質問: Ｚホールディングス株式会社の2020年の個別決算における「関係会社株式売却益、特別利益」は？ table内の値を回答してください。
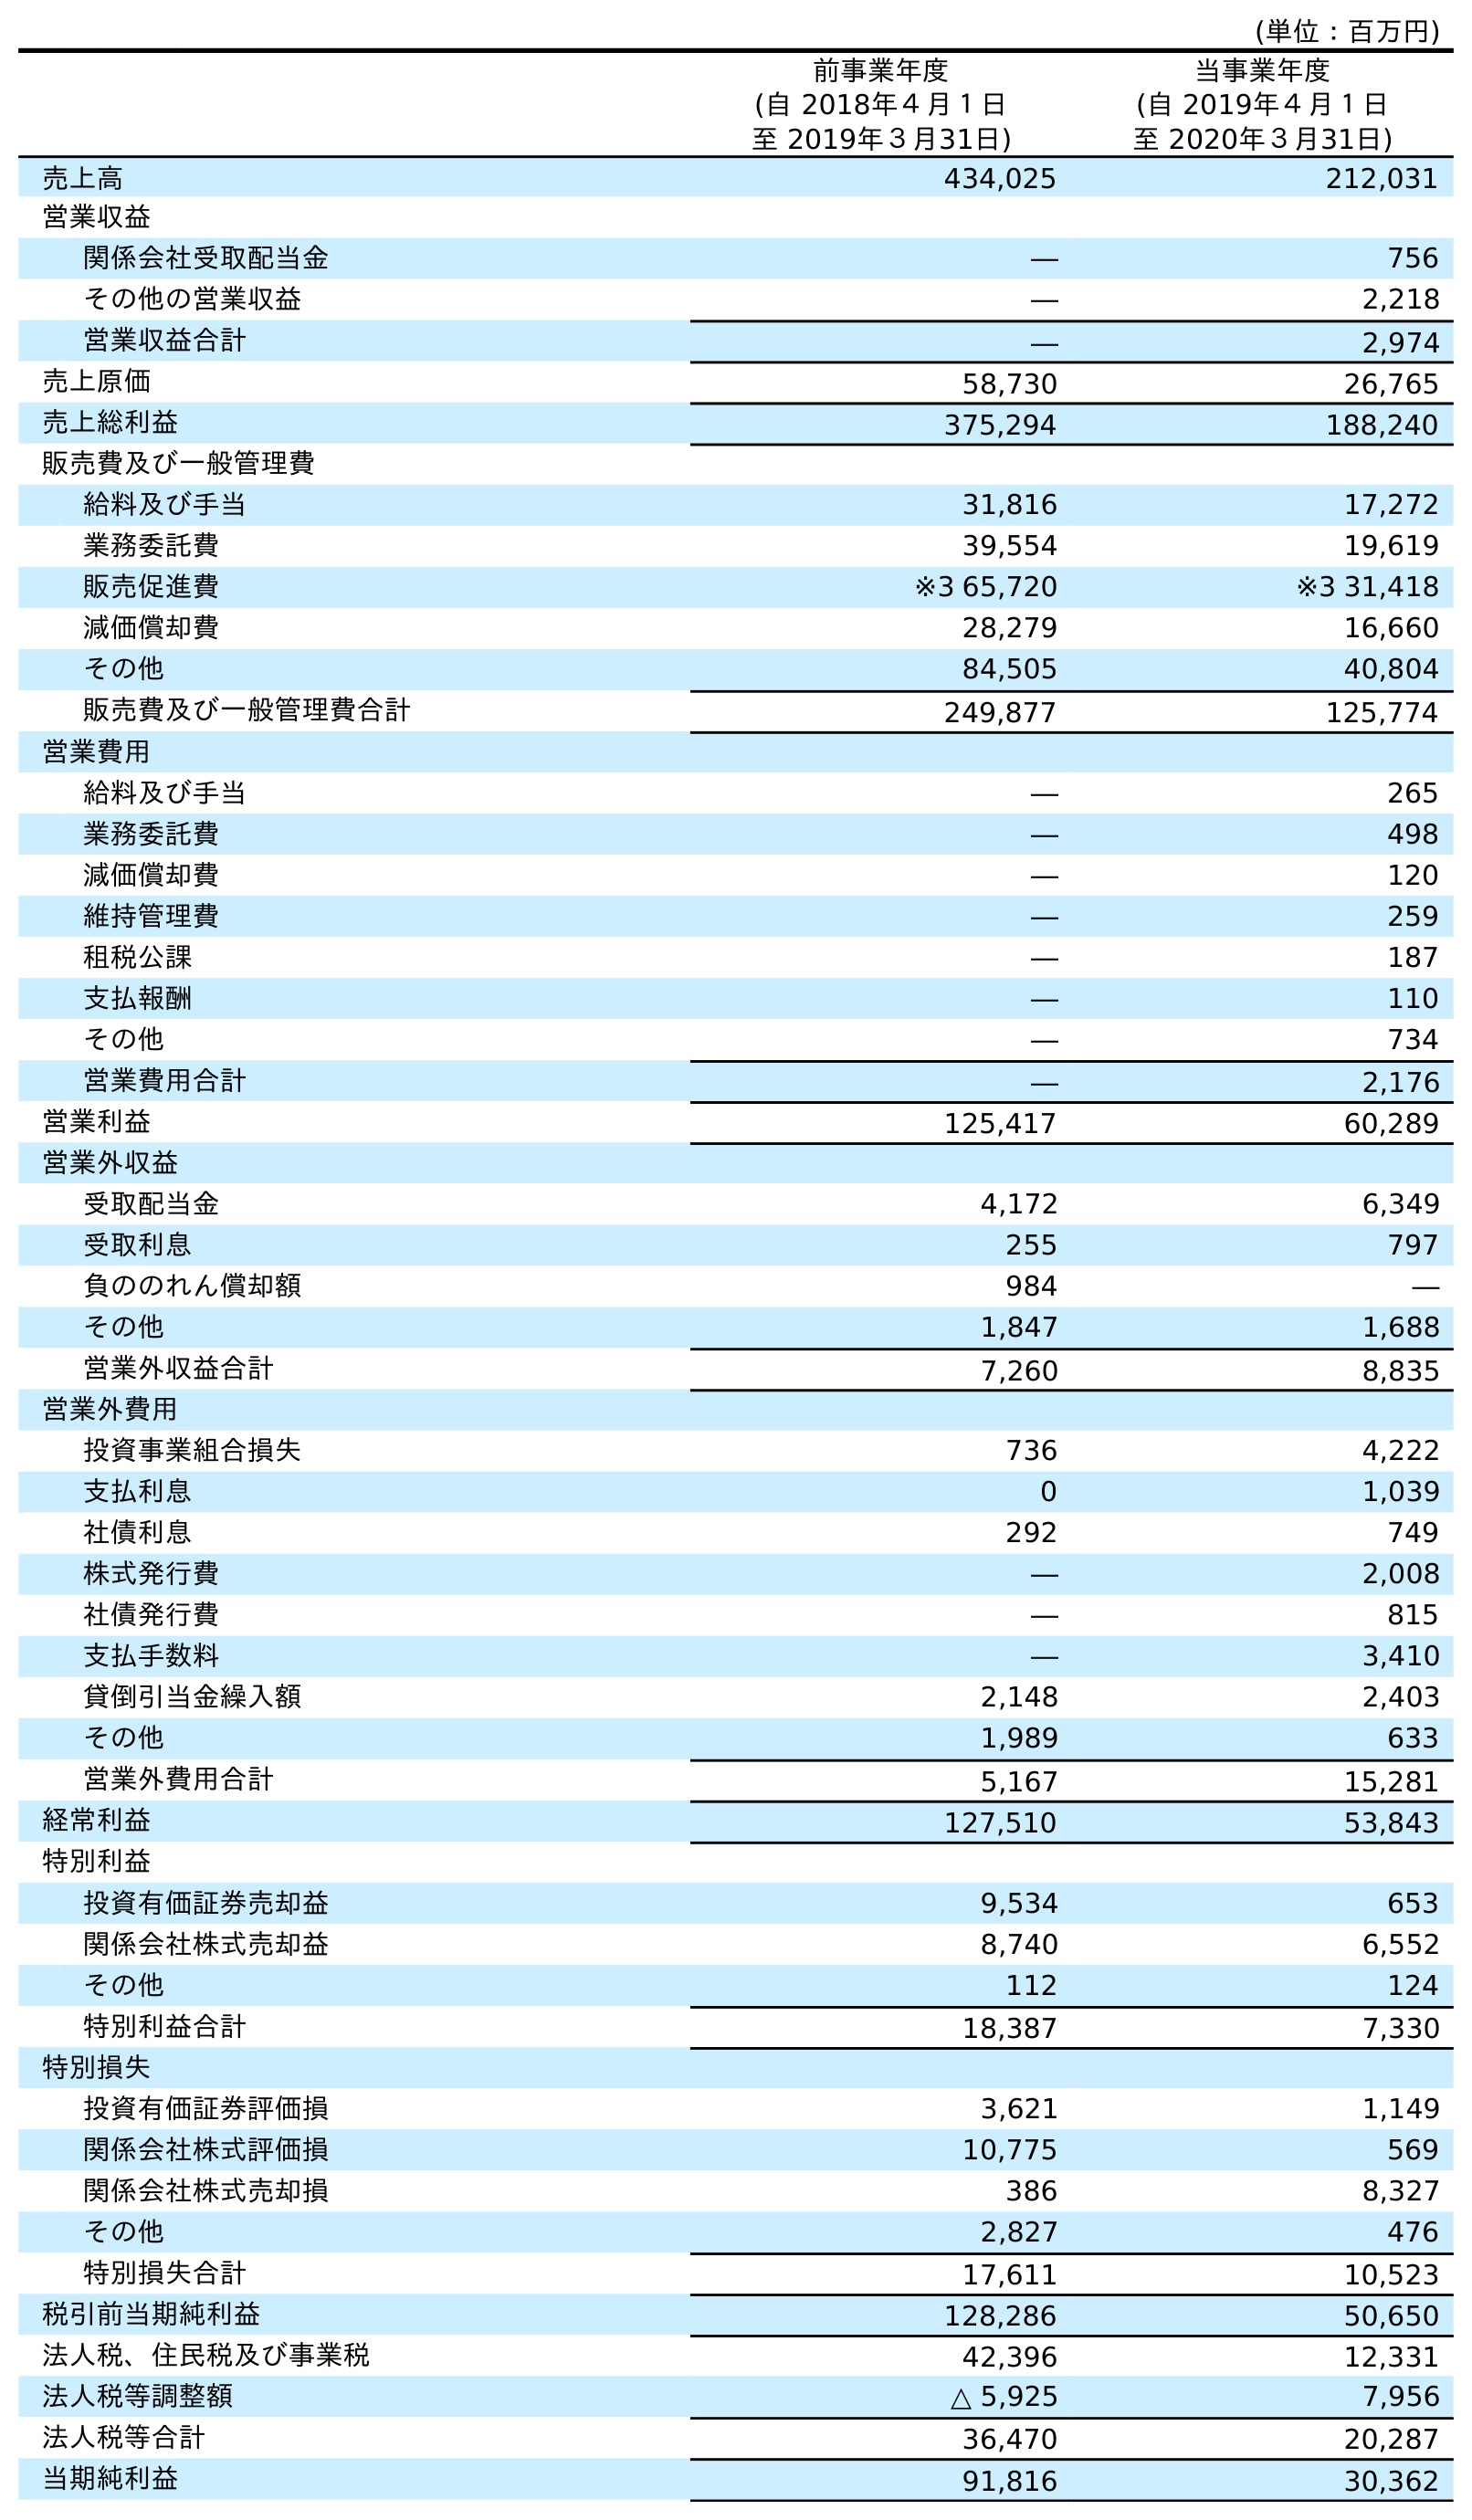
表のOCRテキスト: (単位：百万円) 前事業年度 (自 2018年４月１日 至 2019年３月31日) 当事業年度 (自 2019年４月１日 至 2020年３月31日) 売上高 434,025 212,031 営業収益 関係会社受取配当金 ― 756 その他の営業収益 ― 2,218 営業収益合計 ― 2,974 売上原価 58,730 26,765 売上総利益 375,294 188,240 販売費及び一般管理費 給料及び手当 31,816 17,272 業務委託費 39,554 19,619 販売促進費 ※3 65,720 ※3 31,418 減価償却費 28,279 16,660 その他 84,505 40,804 販売費及び一般管理費合計 249,877 125,774 営業費用 給料及び手当 ― 265 業務委託費 ― 498 減価償却費 ― 120 維持管理費 ― 259 租税公課 ― 187 支払報酬 ― 110 その他 ― 734 営業費用合計 ― 2,176 営業利益 125,417 60,289 営業外収益 受取配当金 4,172 6,349 受取利息 255 797 負ののれん償却額 984 ― その他 1,847 1,688 営業外収益合計 7,260 8,835 営業外費用 投資事業組合損失 736 4,222 支払利息 0 1,039 社債利息 292 749 株式発行費 ― 2,008 社債発行費 ― 815 支払手数料 ― 3,410 貸倒引当金繰入額 2,148 2,403 その他 1,989 633 営業外費用合計 5,167 15,281 経常利益 127,510 53,843 特別利益 投資有価証券売却益 9,534 653 関係会社株式売却益 8,740 6,552 その他 112 124 特別利益合計 18,387 7,330 特別損失 投資有価証券評価損 3,621 1,149 関係会社株式評価損 10,775 569 関係会社株式売却損 386 8,327 その他 2,827 476 特別損失合計 17,611 10,523 税引前当期純利益 128,286 50,650 法人税、住民税及び事業税 42,396 12,331 法人税等調整額 △ 5,925 7,956 法人税等合計 36,470 20,287 当期純利益 91,816 30,362
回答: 6,552